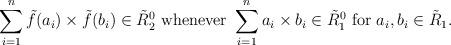
LaTeX: \begin{align*} \sum_{i=1}^n\tilde{f}(a_i)\times \tilde{f}(b_i) \in \tilde{R}_2^0 \textrm{ whenever } \sum_{i=1}^na_i\times b_i \in \tilde{R}^0_1\textrm{ for } a_i,b_i \in \tilde{R}_1.\end{align*}